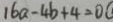
1 6 a - 4 b + 4 = 0